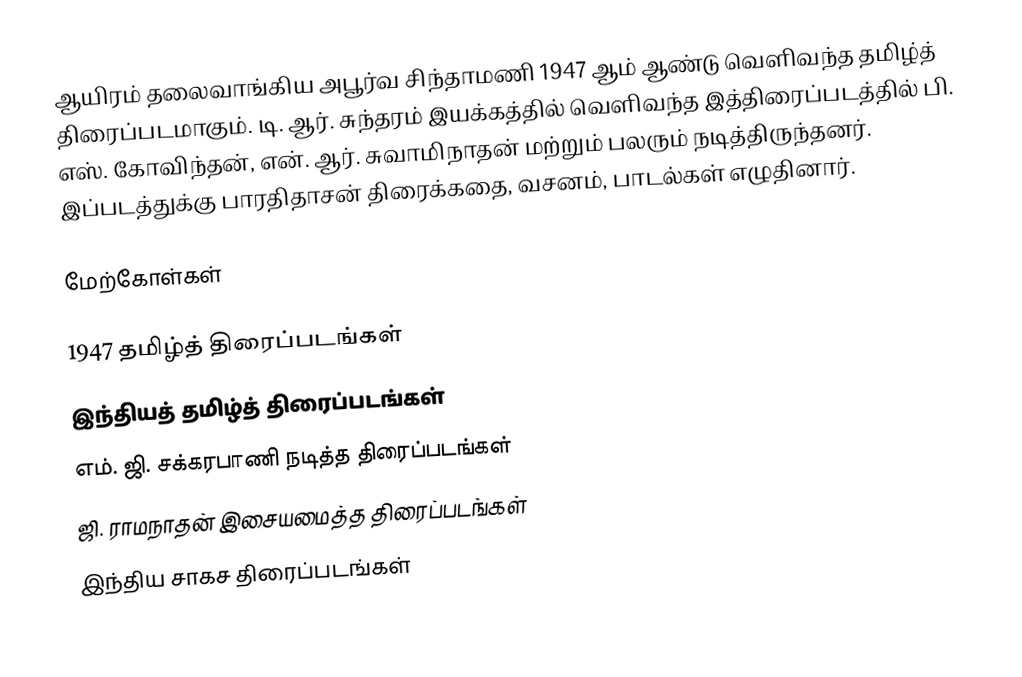
ஆயிரம் தலைவாங்கிய அபூர்வ சிந்தாமணி 1947 ஆம் ஆண்டு வெளிவந்த தமிழ்த் திரைப்படமாகும். டி. ஆர். சுந்தரம் இயக்கத்தில் வெளிவந்த இத்திரைப்படத்தில் பி. எஸ். கோவிந்தன், என். ஆர். சுவாமிநாதன் மற்றும் பலரும் நடித்திருந்தனர். இப்படத்துக்கு  பாரதிதாசன் திரைக்கதை, வசனம், பாடல்கள் எழுதினார்.

மேற்கோள்கள்

1947 தமிழ்த் திரைப்படங்கள்
இந்தியத் தமிழ்த் திரைப்படங்கள்
எம். ஜி. சக்கரபாணி நடித்த திரைப்படங்கள்
ஜி. ராமநாதன் இசையமைத்த திரைப்படங்கள்
இந்திய சாகச திரைப்படங்கள்